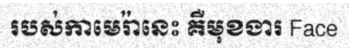
របស់កាមេរ៉ានេះ គឺមុខងារ Face